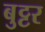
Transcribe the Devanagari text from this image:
बुट्टर